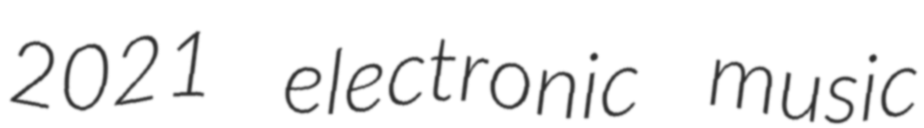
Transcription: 2021 electronic music